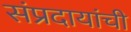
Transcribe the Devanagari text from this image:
संप्रदायांची